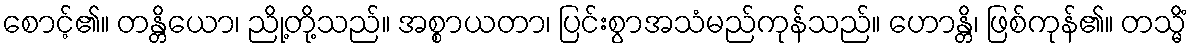
စောင့်၏။ တန္တိယော၊ ညို့တို့သည်။ အစ္စာယတာ၊ ပြင်းစွာအသံမည်ကုန်သည်။ ဟောန္တိ၊ ဖြစ်ကုန်၏။ တသ္မိံ